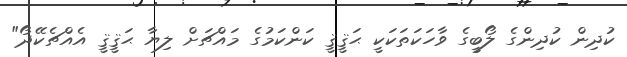
ކުދިން ކުދިންގެ ލޯބީގެ ވާހަކަތަކަކީ ޙަޤީޤީ ކަންކަމުގެ މައްޗަށް ލިޔާ ޙަޤީޤީ އެއްޗެކޭދޯ"